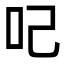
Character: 𠯇